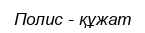
Полис - құжат